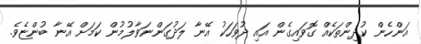
އަންހެން ކުދިންތަކެއް ގޮވައިގެން އައި ދުވަހަކު އޭނާ ލަދުގަންނަވާލުމުން ކަމަށް އޭނާ ބުންޏެވެ.